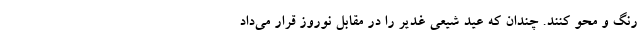
رنگ و محو کنند. چندان که عید شیعی غدیر را در مقابل نوروز قرار می‌داد